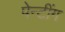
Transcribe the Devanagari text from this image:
पेन्टींग